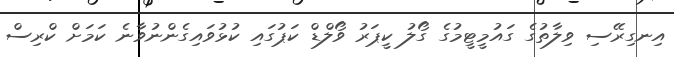
އިނގިރޭސި ވިލާތުގެ ގައުމީޓީމުގެ ގޯލު ކީޕަރު ވޯލްޑް ކަޕުގައި ކުޅުވައިގެންނުވާނެ ކަމަށް ކްރިސް